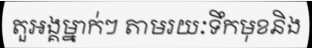
តួអង្គម្នាក់ៗ តាមរយៈទឹកមុខនិង